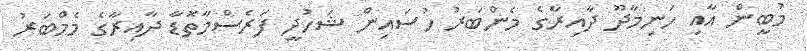
މުބީން އާއި ހަނިމާދޫ ދާއިރާގެ މެންބަރު ހުސައިން ޝަހުދީ ފަރެސްމާތޮޑާ ދާއިރާގެ މެމްބަރު